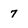
Character: 7